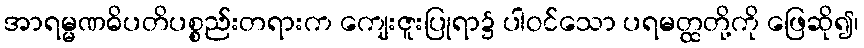
အာရမ္မဏဓိပတိပစ္စည်းတရားက ကျေးဇူးပြုရာ၌ ပါဝင်သော ပရမတ္ထတို့ကို ဖြေဆို၍၊